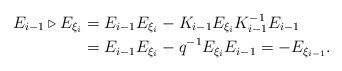
LaTeX: \begin{align*}E_{i - 1} \triangleright E_{\xi_{i}}& = E_{i - 1} E_{\xi_{i}} - K_{i - 1} E_{\xi_{i}} K_{i - 1}^{-1} E_{i - 1}\\& = E_{i - 1} E_{\xi_{i}} - q^{-1} E_{\xi_{i}}E_{i - 1}= - E_{\xi_{i - 1}}.\end{align*}